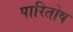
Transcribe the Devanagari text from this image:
पारितोष